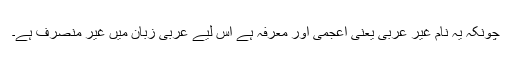
چونکہ یہ نام غیر عربی یعنی اعجمی اور معرفہ ہے اس لیے عربی زبان میں غیر منصرف ہے۔